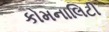
કોમનાલિટી